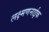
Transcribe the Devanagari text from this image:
लक्ष्मणनाईक